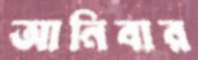
আনিবার